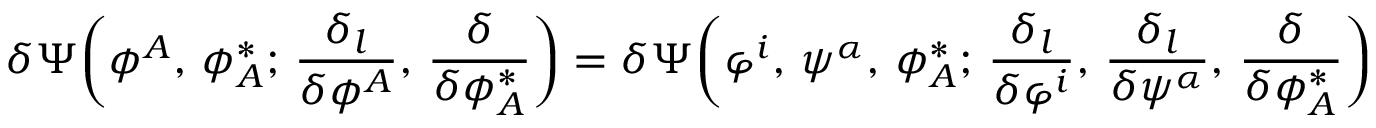
\delta \Psi \bigg ( \phi ^ { A } , \, \phi _ { A } ^ { * } ; \, \frac { \delta _ { l } } { \delta \phi ^ { A } } , \, \frac { \delta } { \delta \phi _ { A } ^ { * } } \bigg ) = \delta \Psi \bigg ( \varphi ^ { i } , \, \psi ^ { \alpha } , \, \phi _ { A } ^ { * } ; \, \frac { \delta _ { l } } { \delta \varphi ^ { i } } , \, \frac { \delta _ { l } } { \delta \psi ^ { \alpha } } , \, \frac { \delta } { \delta \phi _ { A } ^ { * } } \bigg )